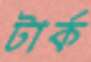
টার্ক